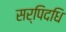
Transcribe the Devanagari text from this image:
सर्पिदधि